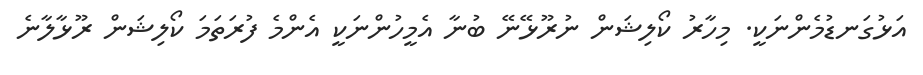
އަޅުގަނޑުމެންނަކީ. މިހާރު ކޯލިޝަން ނުރޫޅޭނޭ ބުނާ އެމީހުންނަކީ އެންމެ ފުރަތަމަ ކޯލިޝަން ރޫޅާލާނެ